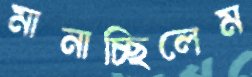
মানাচ্ছিলেম